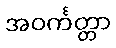
အဝင်္ကတ္တာ